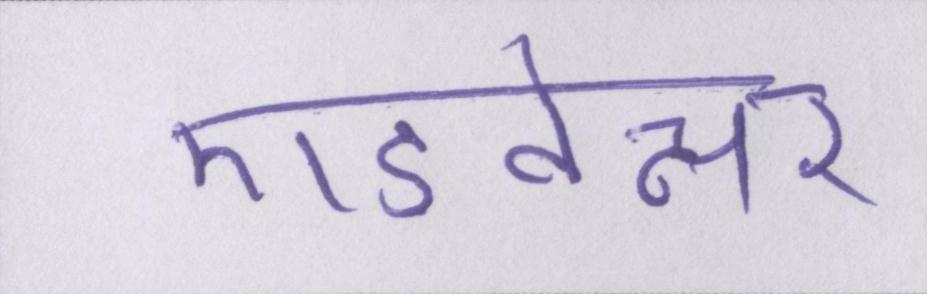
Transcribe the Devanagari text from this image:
एडवेन्चर